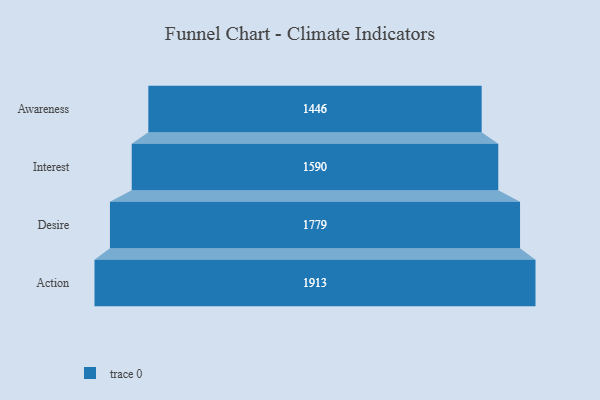
{"axis": {"x": "Stage", "y": "Value"}, "legend": [""], "data": [{"x": "Awareness", "y": 1446.0, "type": ""}, {"x": "Interest", "y": 1590.0, "type": ""}, {"x": "Desire", "y": 1779.0, "type": ""}, {"x": "Action", "y": 1913.0, "type": ""}]}